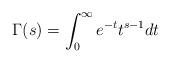
LaTeX: \begin{align*} \Gamma(s)= \int_0^\infty e^{-t}t^{s-1} dt\end{align*}